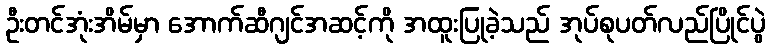
ဦးတင်အုံးအိမ်မှာ အောက်ဆီဂျင်အဆင့်ကို အထူးပြုခဲ့သည် အုပ်စုပတ်လည်ပြိုင်ပွဲ